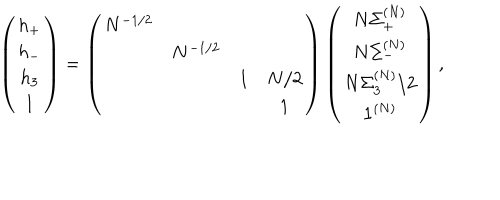
\left( \begin{array} { c } { { h _ { + } } } \\ { { h _ { - } } } \\ { { h _ { 3 } } } \\ { { 1 } } \\ \end{array} \right) = \left( \begin{array} { c c l c } { { N ^ { - 1 / 2 } } } & { { } } & { { } } & { { } } \\ { { } } & { { N ^ { - 1 / 2 } } } & { { } } & { { } } \\ { { } } & { { } } & { { 1 } } & { { N / 2 } } \\ { { } } & { { } } & { { } } & { { 1 } } \\ \end{array} \right) \left( \begin{array} { c } { { N \Sigma _ { + } ^ { ( N ) } } } \\ { { N \Sigma _ { - } ^ { ( N ) } } } \\ { { N \Sigma _ { 3 } ^ { ( N ) } / 2 } } \\ { { { \bf 1 } ^ { ( N ) } } } \\ \end{array} \right) ,